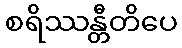
စရိဿန္တီတိပေ